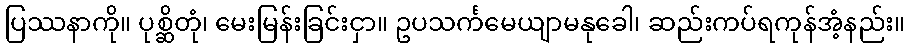
ပြဿနာကို။ ပုစ္ဆိတုံ၊ မေးမြန်းခြင်းငှာ။ ဥပသင်္ကမေယျာမနုခေါ၊ ဆည်းကပ်ရကုန်အံ့နည်း။